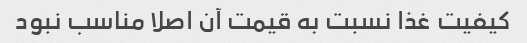
کیفیت غذا نسبت به قیمت آن اصلا مناسب نبود